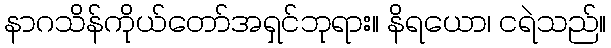
နာဂသိန်ကိုယ်တော်အရှင်ဘုရား။ နိရယော၊ ငရဲသည်။